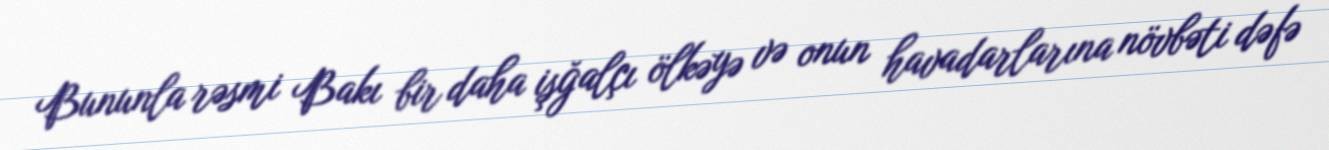
Bununla rəsmi Bakı bir daha işğalçı ölkəyə və onun havadarlarına növbəti dəfə